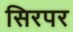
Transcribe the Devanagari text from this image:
सिरपर